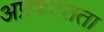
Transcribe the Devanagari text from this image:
अप्रकटतता